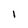
Character: l